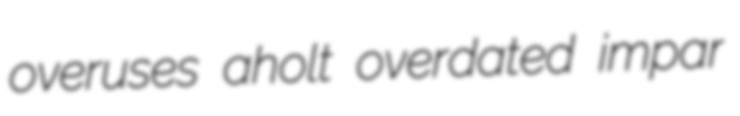
overuses aholt overdated impar